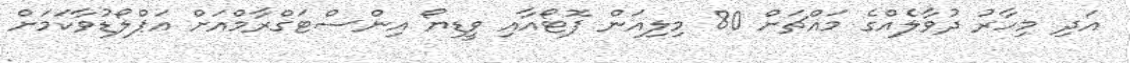
އަދި މިހާރު ދުވާލެއްގެ މައްޗަށް 80 މިލިއަން ފޮޓޯއާއި ވީޑިޔޯ އިންސްޓަގްރާމްއަށް އަޕްލޯޑުވާކަމަށް